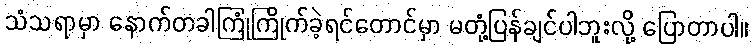
သံသရာမှာ နောက်တခါကြုံကြိုက်ခဲ့ရင်တောင်မှာ မတုံ့ပြန်ချင်ပါဘူးလို့ ပြောတာပါ။